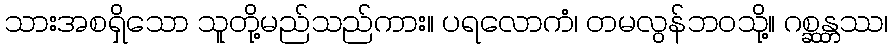
သားအစရှိသော သူတို့မည်သည်ကား။ ပရလောကံ၊ တမလွန်ဘဝသို့။ ဂစ္ဆန္တဿ၊